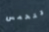
تتحمس